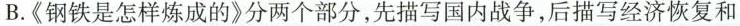
B.《钢铁是怎样炼成的》分两个部分，先描写国内战争，后描写经济恢复和